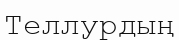
Теллурдың